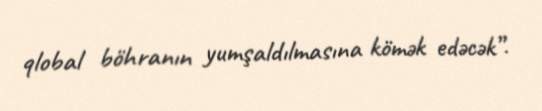
qlobal böhranın yumşaldılmasına kömək edəcək”.